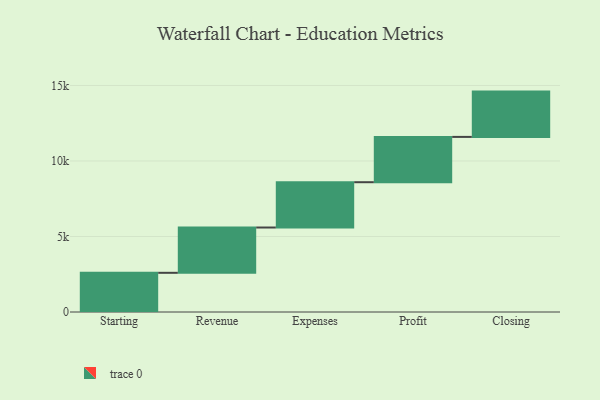
{"axis": {"x": "Step", "y": "Value"}, "legend": [""], "data": [{"x": "Starting", "y": 2595.0, "type": ""}, {"x": "Revenue", "y": 3000, "type": ""}, {"x": "Expenses", "y": 3000, "type": ""}, {"x": "Profit", "y": 3000, "type": ""}, {"x": "Closing", "y": 3000, "type": ""}]}